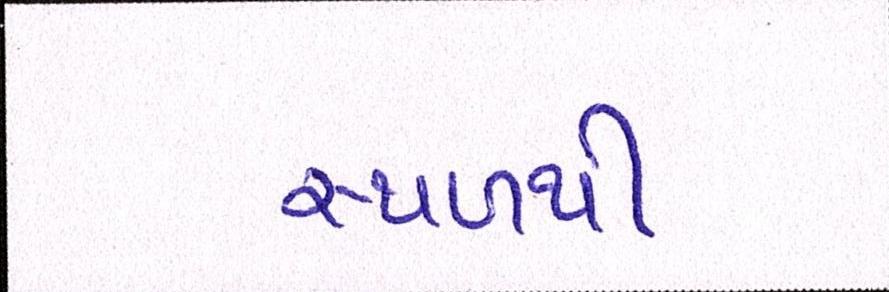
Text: સ્થળથી